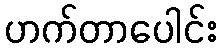
ဟက်တာပေါင်း